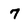
Character: 7